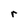
Character: r